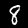
Digit: 8